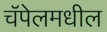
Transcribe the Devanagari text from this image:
चॅपेलमधील